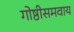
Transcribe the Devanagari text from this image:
गोष्ठीसमवाय